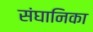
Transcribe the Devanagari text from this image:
संघानिका